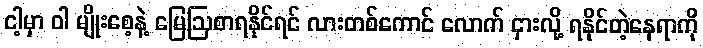
ငါ့မှာ ဝါ မျိုးစေ့နဲ့ မြေဩစာရနိုင်ရင် လားတစ်ကောင် လောက် ငှားလို့ ရနိုင်တဲ့နေရာကို